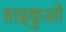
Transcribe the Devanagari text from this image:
हाइकुओं